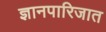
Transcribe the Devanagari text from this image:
ज्ञानपारिजात